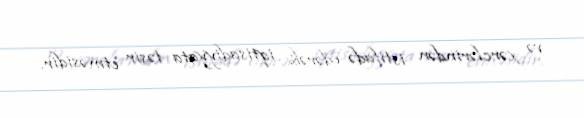
və xərclərindən istifadə edərək iqtisadiyyata təsir etməsidir.